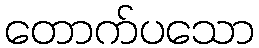
တောက်ပသော